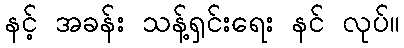
နင့် အခန်း သန့်ရှင်းရေး နင် လုပ်။